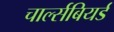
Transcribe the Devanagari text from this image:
चार्ल्सबियर्ड